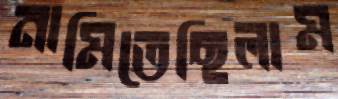
নামিতেছিলাম